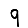
Digit: 9